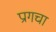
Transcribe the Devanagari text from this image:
प्रागचा